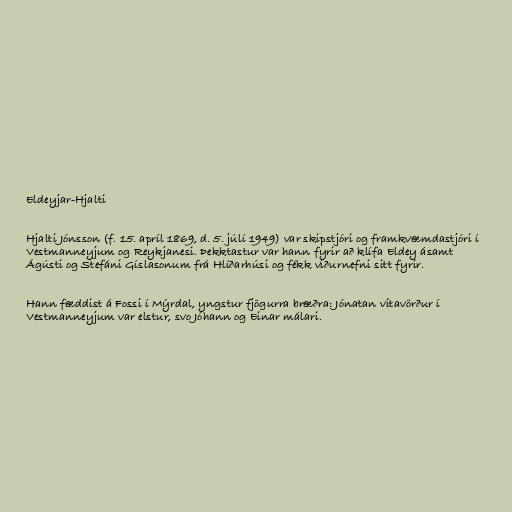
Eldeyjar-Hjalti

Hjalti Jónsson (f. 15. apríl 1869, d. 5. júlí 1949) var skipstjóri og framkvæmdastjóri í
Vestmanneyjum og Reykjanesi. Þekktastur var hann fyrir að klífa Eldey ásamt
Ágústi og Stefáni Gíslasonum frá Hlíðarhúsi og fékk viðurnefni sitt fyrir.

Hann fæddist á Fossi í Mýrdal, yngstur fjögurra bræðra: Jónatan vitavörður í
Vestmanneyjum var elstur, svo Jóhann og Einar málari.